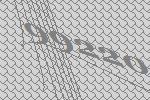
99220